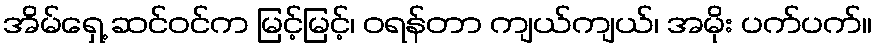
အိမ်ရှေ့ ဆင်ဝင်က မြင့်မြင့်၊ ဝရန်တာ ကျယ်ကျယ်၊ အမိုး ပက်ပက်။